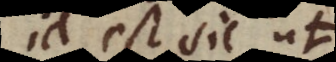
id est sic ut